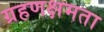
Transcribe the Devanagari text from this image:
ग्रहणक्षमता